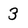
Character: 3